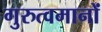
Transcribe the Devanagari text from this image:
गुरुत्वमानों